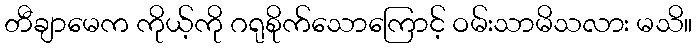
တီချာမေက ကိုယ့်ကို ဂရုစိုက်သောကြောင့် ဝမ်းသာမိသလား မသိ။